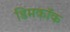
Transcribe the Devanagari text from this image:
डिमकॉक